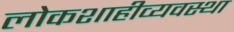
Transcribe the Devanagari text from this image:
लोकशाहीव्यवस्था